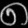
Digit: ၈